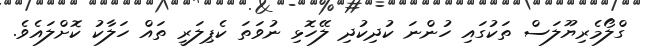
ގްލޯމެރިޔޫލަސް ތަކުގައި ހުންނަ ކުދިކުދި ލޭހޮޅި ނުވަތަ ކެޕިލަރީ ތައް ހަލާކު ކޮށްލައެވެ.